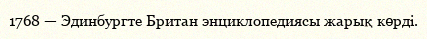
1768 — Эдинбургте Британ энциклопедиясы жарық көрді.